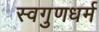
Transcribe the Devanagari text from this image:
स्वगुणधर्म